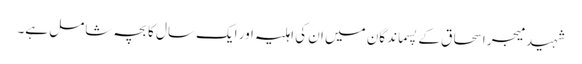
شہید میجر اسحاق کے پسماندگان میں ان کی اہلیہ اور ایک سال کا بچہ شامل ہے۔